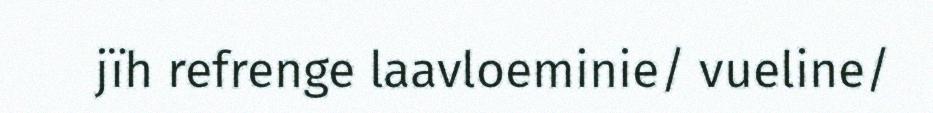
jïh refrenge laavloeminie/ vueline/